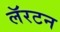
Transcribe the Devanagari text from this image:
लॅरटन